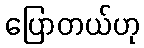
ပြောတယ်ဟု